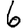
Digit: 6